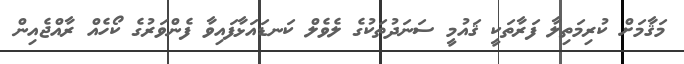
މަޤާމަށް ކުރިމަތިލާ ފަރާތަކީ ޤައުމީ ސަނަދުތަކުގެ ލެވެލް ކަނޑައަޅާފައިވާ ފެންވަރުގެ ކޯހެއް ރާއްޖެއިން